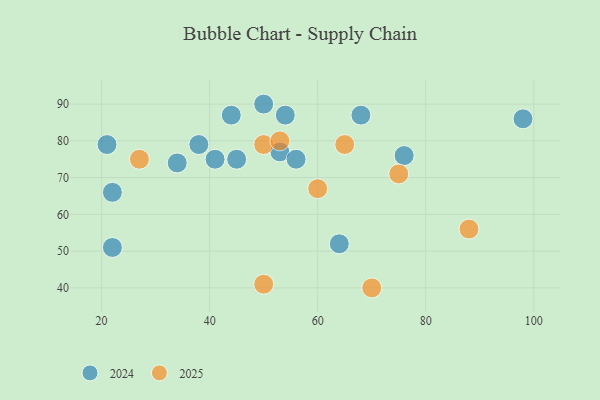
{"axis": {"x": "GDP", "y": "Life Expectancy"}, "legend": ["2024", "2025"], "data": [{"x": "50", "y": 79, "type": "2025"}, {"x": "70", "y": 40, "type": "2025"}, {"x": "27", "y": 75, "type": "2025"}, {"x": "65", "y": 79, "type": "2025"}, {"x": "88", "y": 56, "type": "2025"}, {"x": "50", "y": 41, "type": "2025"}, {"x": "60", "y": 67, "type": "2025"}, {"x": "75", "y": 71, "type": "2025"}, {"x": "53", "y": 80, "type": "2025"}, {"x": "54", "y": 87, "type": "2024"}, {"x": "38", "y": 79, "type": "2024"}, {"x": "64", "y": 52, "type": "2024"}, {"x": "34", "y": 74, "type": "2024"}, {"x": "53", "y": 77, "type": "2024"}, {"x": "98", "y": 86, "type": "2024"}, {"x": "56", "y": 75, "type": "2024"}, {"x": "22", "y": 51, "type": "2024"}, {"x": "22", "y": 66, "type": "2024"}, {"x": "68", "y": 87, "type": "2024"}, {"x": "44", "y": 87, "type": "2024"}, {"x": "41", "y": 75, "type": "2024"}, {"x": "50", "y": 90, "type": "2024"}, {"x": "45", "y": 75, "type": "2024"}, {"x": "76", "y": 76, "type": "2024"}, {"x": "21", "y": 79, "type": "2024"}]}